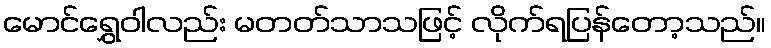
မောင်ရွှေဝါလည်း မတတ်သာသဖြင့် လိုက်ရပြန်တော့သည်။